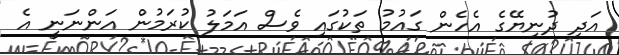
އަދި ދުނިޔޭގެ އެހެން ގައުމު ތަކުގައި ވެސް އަމަލު ކުރަމުން އަންނަނީ އެ